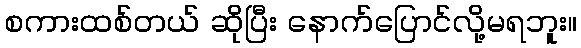
စကားထစ်တယ် ဆိုပြီး နောက်ပြောင်လို့မရဘူး။